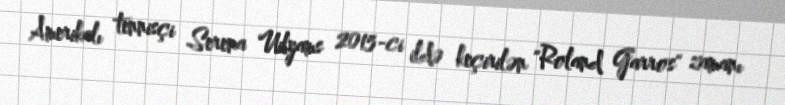
Amerikalı tennisçi Serena Uilyams 2015-ci ildə keçirilən "Roland Garros" zamanı